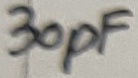
Text: 30pF